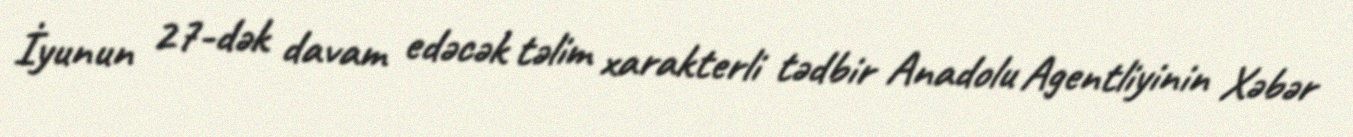
İyunun 27-dək davam edəcək təlim xarakterli tədbir Anadolu Agentliyinin Xəbər